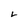
Character: L